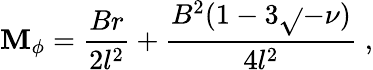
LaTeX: \mathbf{M}_{\phi}=\frac{{Br}}{{2l^{2}}}+\frac{{B^{2}(1-3\sqrt{}{{-\nu}})}}{{4l^{2}}}\; ,